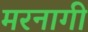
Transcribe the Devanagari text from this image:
मरनागी